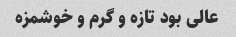
عالی بود تازه و گرم و خوشمزه